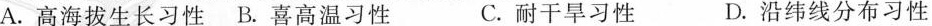
A.高海拔生长习性 B.喜高温习性 C.耐干旱习性 D.沿纬线分布习性